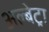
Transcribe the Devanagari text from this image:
अल्बेट्रा